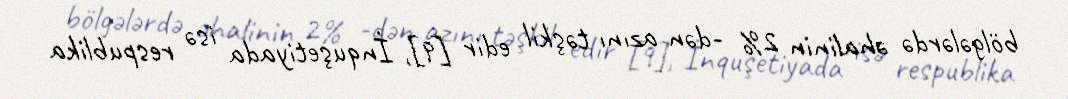
bölgələrdə əhalinin 2% -dən azını təşkil edir [9], İnquşetiyada isə respublika